Annual report of the Punjab Veterinary College and of the Civil Veterinary Department, Punjab - 1909-1919
Year: 1909
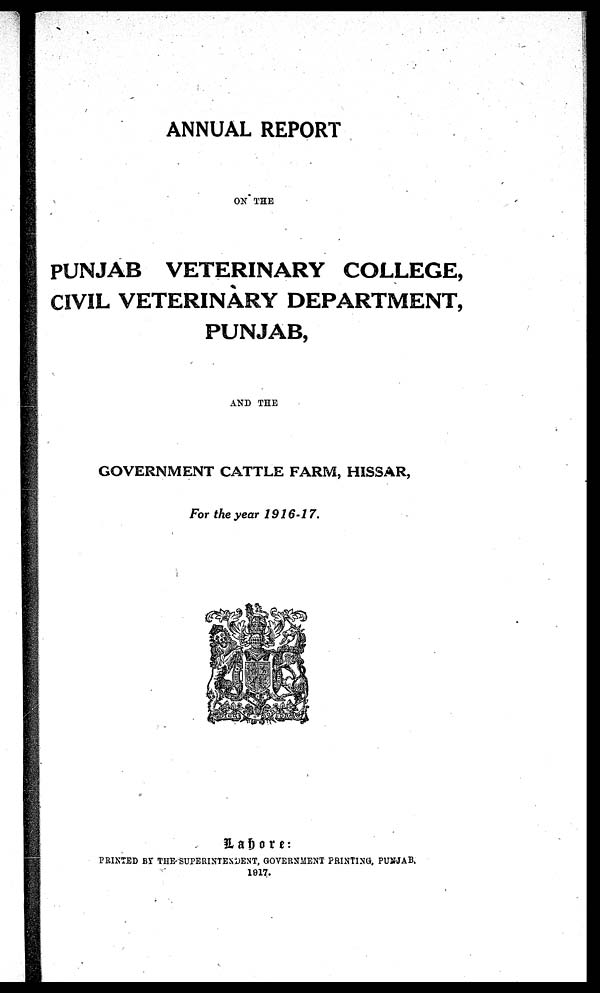
ANNUAL REPORT
ON THE
PUNJAB VETERINARY COLLEGE,
CIVIL VETERINARY DEPARTMENT,
PUNJAB,
AND THE
GOVERNMENT CATTLE FARM, HISSAR,
For the year 1916-17.
Lahore:
PRINTED BY THE SUPERINTENDENT, GOVERNMENT PRINTING, PUNJAB.
1917.